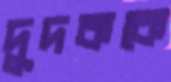
দুদককে